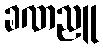
ခဏညူ